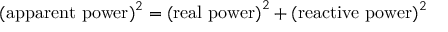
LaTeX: { \mathrm { ( a p p a r e n t ~ p o w e r ) } } ^ { 2 } = { \mathrm { ( r e a l ~ p o w e r ) } } ^ { 2 } + { \mathrm { ( r e a c t i v e ~ p o w e r ) } } ^ { 2 }